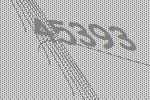
45393